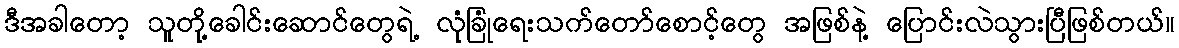
ဒီအခါတော့ သူတို့ခေါင်းဆောင်တွေရဲ့ လုံခြုံရေးသက်တော်စောင့်တွေ အဖြစ်နဲ့ ပြောင်းလဲသွားပြီဖြစ်တယ်။